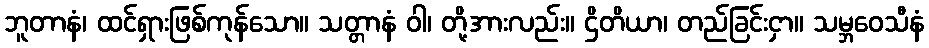
ဘူတာနံ၊ ထင်ရှားဖြစ်ကုန်သော။ သတ္တာနံ ဝါ၊ တို့အားလည်း။ ဌိတိယာ၊ တည်ခြင်းငှာ။ သမ္ဘဝေသီနံ